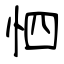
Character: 怬